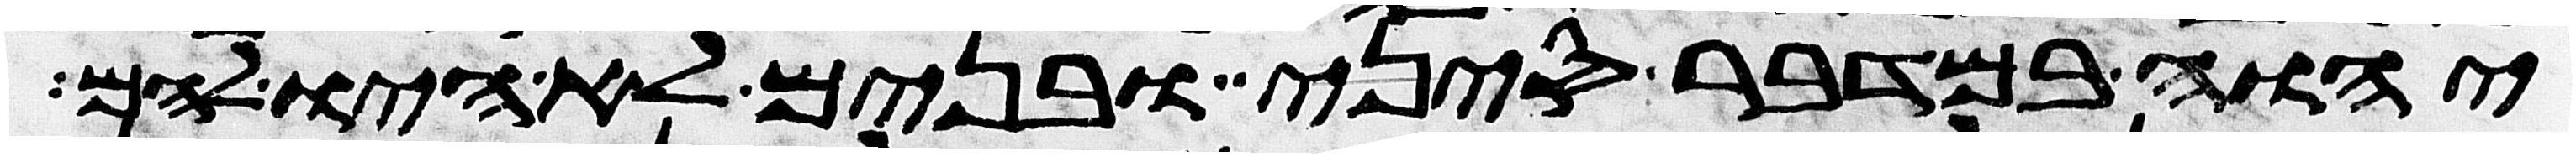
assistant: יהוה במדבר סיני ובנים לא היו להם